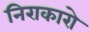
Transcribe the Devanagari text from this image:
निराकारो